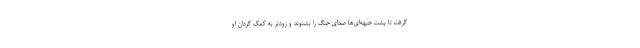
گرفت تا پشت جبهه‌ای‌ها صدای جنگ را بشنوند و زودتر به کمک گردان او